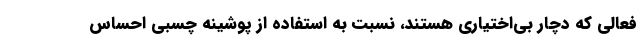
فعالی که دچار بی‌اختیاری هستند، نسبت به استفاده از پوشینه چسبی احساس